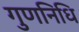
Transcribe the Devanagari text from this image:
गुणनिधि